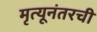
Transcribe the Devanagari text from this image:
मृत्यूनंतरची